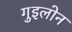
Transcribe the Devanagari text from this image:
गुइलोन